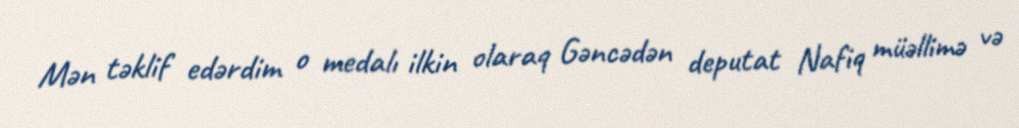
Mən təklif edərdim o medalı ilkin olaraq Gəncədən deputat Nafiq müəllimə və